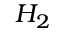
{ \cal { H } } _ { 2 }